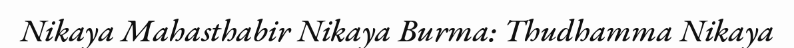
Nikaya Mahasthabir Nikaya Burma: Thudhamma Nikaya